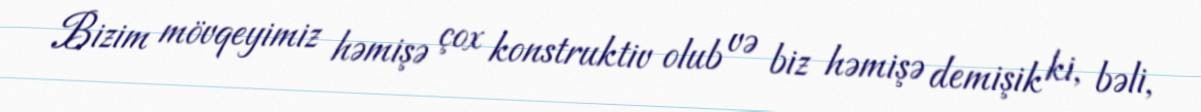
Bizim mövqeyimiz həmişə çox konstruktiv olub və biz həmişə demişik ki, bəli,